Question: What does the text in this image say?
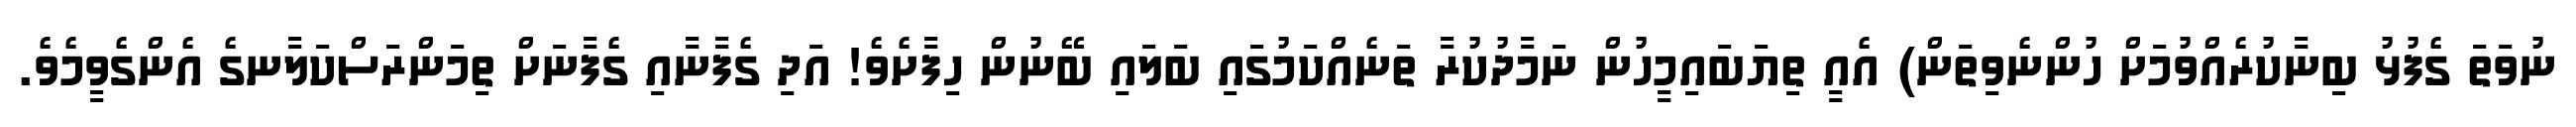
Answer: ނުވަތަ ގެފުޅު ބިނާކުރެއްވުމަށް ހުންނެވިތަން) އެއީ ތިޔަބައިމީހުން ނަމާދުކުރާ ތަނެއްކަމުގައި ބަލައި ބޭނުން ހިފާށެވެ! އަދި ގެފާނާއި ގެފާނަށް ތިމަންރަސްކަލާނގެ އެންގެވީމެވެ.